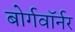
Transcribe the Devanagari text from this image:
बोर्गवॉर्नर